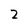
Character: 2